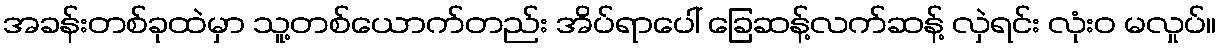
အခန်းတစ်ခုထဲမှာ သူ့တစ်ယောက်တည်း အိပ်ရာပေါ် ခြေဆန့်လက်ဆန့် လှဲရင်း လုံးဝ မလှုပ်။